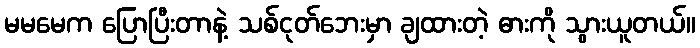
မမမေက ပြောပြီးတာနဲ့ သစ်ငုတ်ဘေးမှာ ချထားတဲ့ ဓားကို သွားယူတယ်။